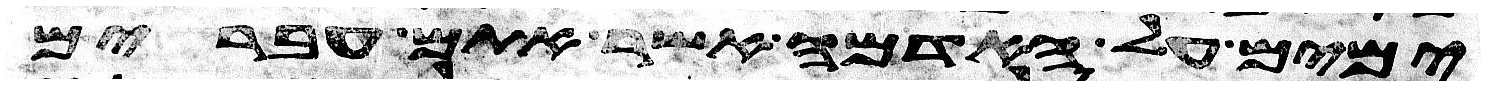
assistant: ימים על האדמה אשר אתם עברים